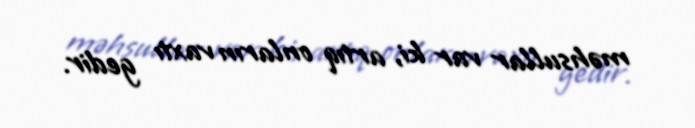
məhsullar var ki, artıq onların vaxtı gedir.